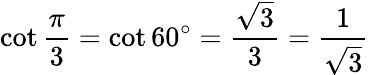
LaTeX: \cot{\frac{\pi}{3}}=\cot 60^{\circ}={\frac{\sqrt{3}}{3}}={\frac{1}{\sqrt{3}}}